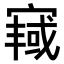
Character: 𫳿